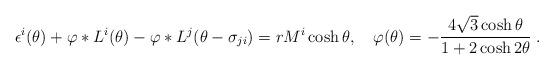
LaTeX: \begin{align*}\epsilon ^{i}(\theta )+\varphi *L^{i}(\theta )-\varphi *L^{j}(\theta -\sigma_{ji})=rM^{i}\cosh \theta ,\quad \varphi (\theta )=-\frac{4\sqrt{3}\cosh\theta }{1+2\cosh 2\theta }\;.\end{align*}